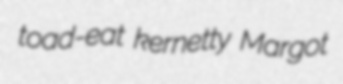
toad-eat kernetty Margot